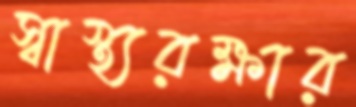
স্বাস্থ্যরক্ষার